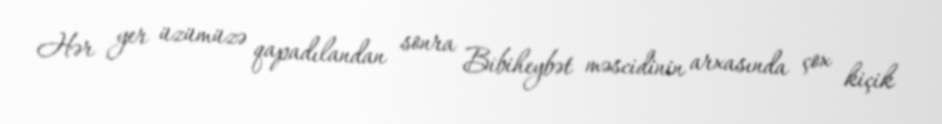
Hər yer üzümüzə qapadılandan sonra Bibiheybət məscidinin arxasında çox kiçik